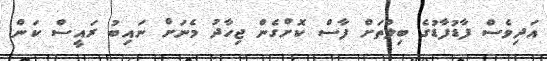
އަދިވެސް ފާޑުފާޑުގެ ބިލްތަށް ފާސް ކޮށްގެން ޖިހާދު މެނަށް ނައިބު ރައީސް ކަން